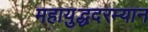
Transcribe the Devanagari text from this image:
महायुद्धदरम्यान